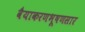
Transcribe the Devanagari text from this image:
वैयाकरणभूषणसार